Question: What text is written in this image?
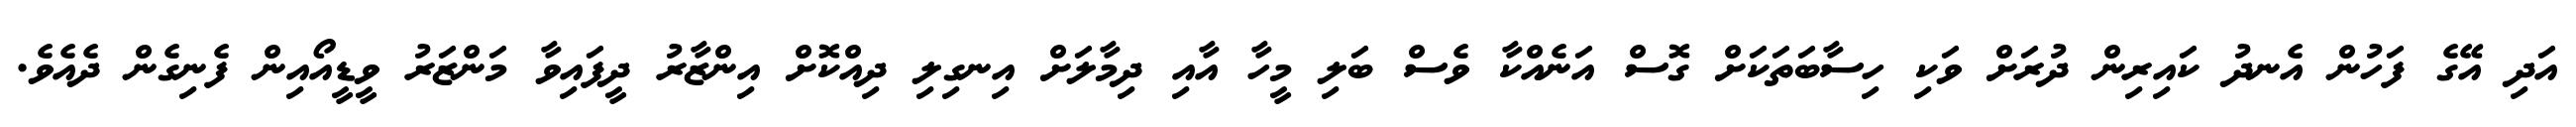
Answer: އަދި އޭގެ ފަހުން އެނދު ކައިރިން ދުރަށް ވަކި ހިސާބަތަކަށް ގޮސް އަނެއްކާ ވެސް ބަލި މީހާ އާއި ދިމާލަށް އިނގިލި ދިއްކޮށް އިންޒާރު ދީފައިވާ މަންޒަރު ވީޑީއޯއިން ފެނިގެން ދެއެވެ.